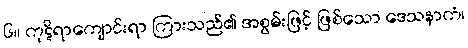
၆။ ကုဋိရာကျောင်းရာ ကြားသည်၏ အစွမ်းဖြင့် ဖြစ်သော ဒေသနာကံ၊